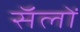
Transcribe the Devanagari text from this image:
सॅलों